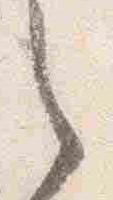
之